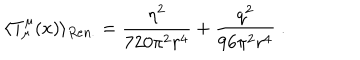
\langle T _ { \mu } ^ { \mu } ( x ) \rangle _ { R e n . } = \frac { \eta ^ { 2 } } { 7 2 0 \pi ^ { 2 } r ^ { 4 } } + \frac { q ^ { 2 } } { 9 6 \pi ^ { 2 } r ^ { 4 } } \ .